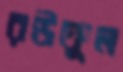
রউফুল